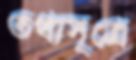
তথ্যসূত্রে